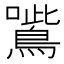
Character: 𡃸